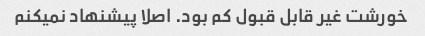
خورشت غیر قابل قبول کم بود. اصلا پیشنهاد نمیکنم